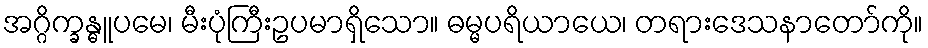
အဂ္ဂိက္ခန္ဓူပမေ၊ မီးပုံကြီးဥပမာရှိသော။ ဓမ္မပရိယာယေ၊ တရားဒေသနာတော်ကို။